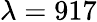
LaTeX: \lambda=917